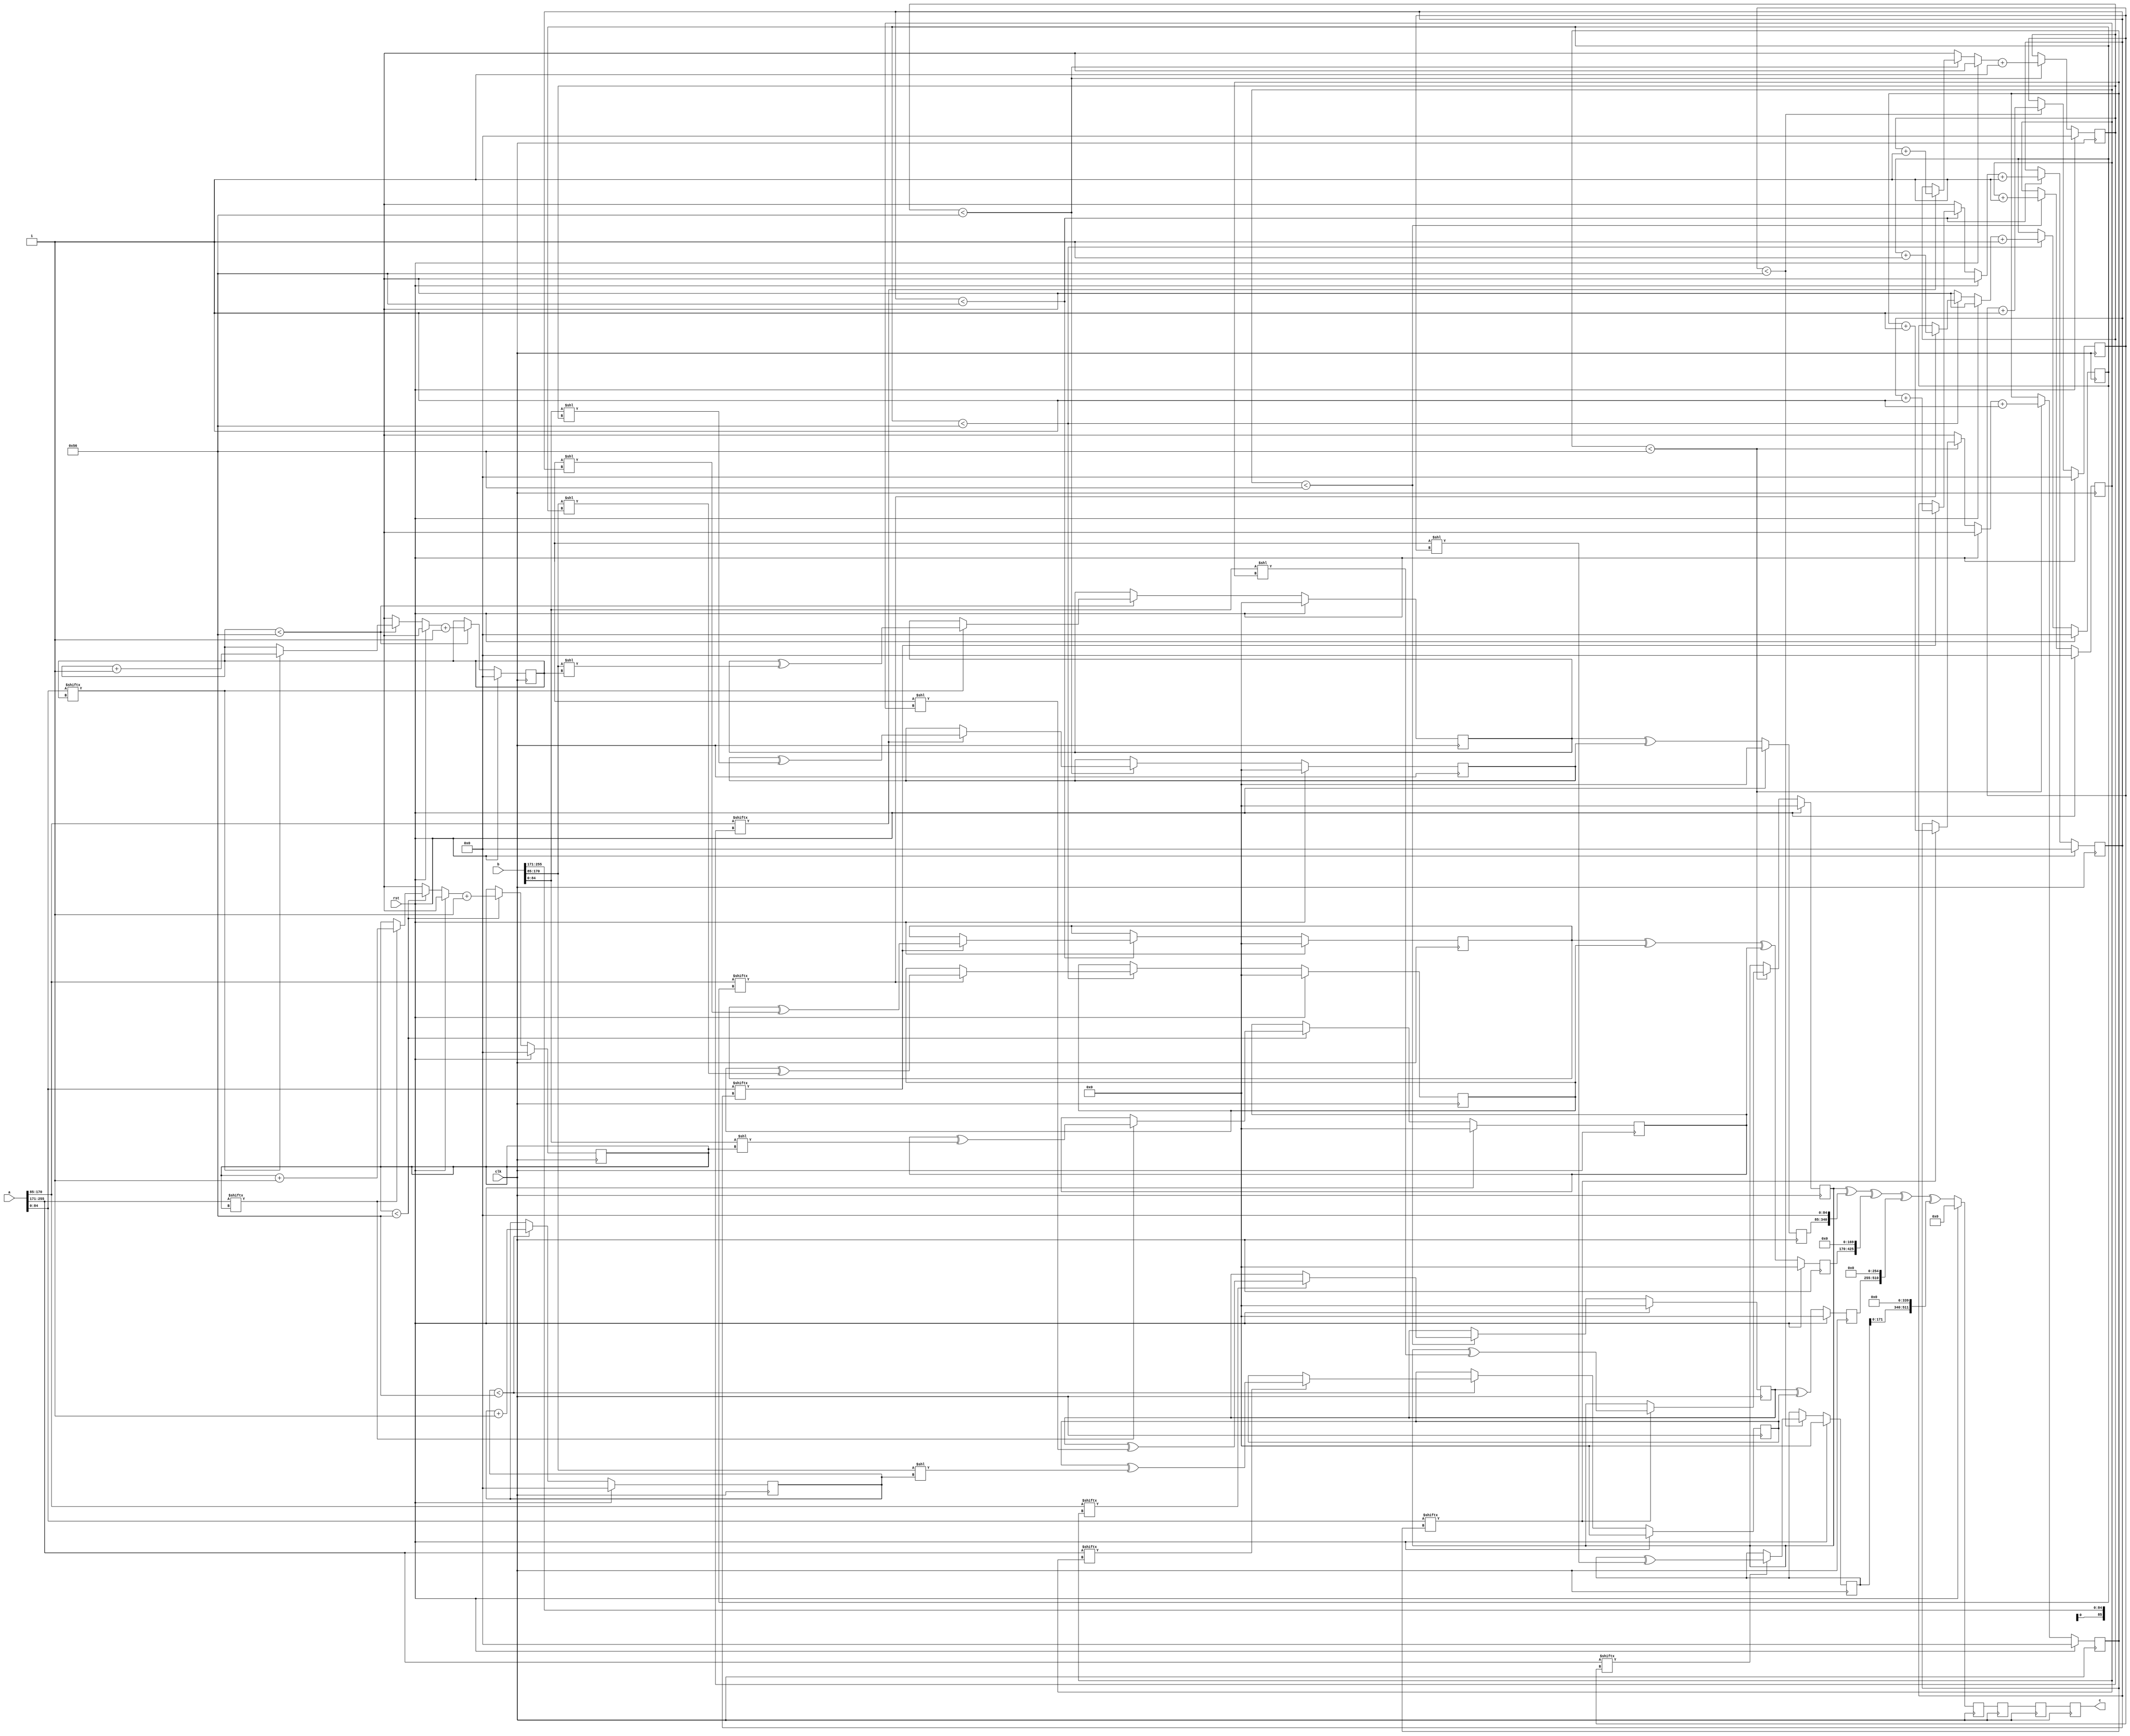
// TalTech large integer multiplier library
// Multiplier type: three_way_toom_cook
// Parameters: 256 256 4
// Target tool: genus
module three_way_toom_cook(clk, rst, a, b, c);
input clk;
input rst;
input [255:0] a;
input [255:0] b;
output reg [511:0] c;

// Pipeline register declaration 
reg [511:0] c_temp_3;
reg [511:0] c_temp_2;
reg [511:0] c_temp_1;

// Wires declaration 
wire  [84:0] a0;
wire  [85:0] a1;
wire  [85:0] a2;
wire  [84:0] b0;
wire  [85:0] b1;
wire  [85:0] b2;

// Registers declaration 
reg  [84:0] counter_d;
reg  [84:0] counter_e1;
reg  [84:0] counter_e2;
reg  [84:0] counter_f1;
reg  [84:0] counter_f2;
reg  [84:0] counter_f3;
reg  [84:0] counter_g1;
reg  [84:0] counter_g2;
reg  [84:0] counter_h;
reg  [255:0] d;
reg  [255:0] e1_mul;
reg  [255:0] e2_mul;
reg  [255:0] e;
reg  [255:0] f1_mul;
reg  [255:0] f2_mul;
reg  [255:0] f3_mul;
reg  [255:0] f;
reg  [255:0] g1_mul;
reg  [255:0] g2_mul;
reg  [255:0] g;
reg  [255:0] h;
reg  [511:0] temp;

// Initial assignments to wires
assign a0 = a[84:0];
assign a1 = a[170:85];
assign a2 = a[256:171];
assign b0 = b[84:0];
assign b1 = b[170:85];
assign b2 = b[256:171];

// Step-1 of 3-Way TCM Multiplier
always @(posedge clk) begin
	if (rst) begin
		d <= 256'd0;
		counter_d <= 85'd0;
	end
	else if (counter_d < 86) begin
		if (a2[counter_d] == 1'b1) begin
			d <= d ^ (b2 << counter_d);
			counter_d <= counter_d + 1;
		end
		counter_d <= counter_d + 1;
	end
end

// Step-2 (Part-1) of 3-Way TCM Multiplier
always @(posedge clk) begin
	if (rst) begin
		e1_mul <= 256'd0;
		counter_e1 <= 85'd0;
	end
	else if (counter_e1 < 86) begin
		if (a1[counter_e1] == 1'b1) begin
			e1_mul <= e1_mul ^ (b2 << counter_e1);
			counter_e1 <= counter_e1 + 1;
		end
		counter_e1 <= counter_e1 + 1;
	end
end

// Step-2 (Part-2) of 3-Way TCM Multiplier
always @(posedge clk) begin
	if (rst) begin
		e2_mul <= 256'd0;
		counter_e2 <= 85'd0;
	end
	else if (counter_e2 < 86) begin
		if (a2[counter_e1] == 1'b1) begin
			e2_mul <= e2_mul ^ (b1 << counter_e2);
			counter_e2 <= counter_e2 + 1;
		end
		counter_e2 <= counter_e2 + 1;
	end
end

// Step-2 (Part-3) of 3-Way TCM Multiplier
always @(posedge clk) begin
	if (rst) begin
		e = 256'd0;
	end
	else begin
		e = e1_mul ^ e2_mul; 
	end
end

// Step-3 (Part-1) of 3-Way TCM Multiplier
always @(posedge clk) begin
	if (rst) begin
		f1_mul = 256'd0;
		counter_f1 = 85'd0;
	end
	else if (counter_f1 < 86) begin
		if (a0[counter_f1] == 1'b1) begin
			f1_mul = f1_mul ^ (b2 << counter_f1);
			counter_f1 = counter_f1 + 1;
		end
		counter_f1 = counter_f1 + 1;
	end
end

// Step-3 (Part-2) of 3-Way TCM Multiplier
always @(posedge clk) begin
	if (rst) begin
		f2_mul = 256'd0;
		counter_f2 = 85'd0;
	end
	else if (counter_f2 < 86) begin
		if (a1[counter_f2] == 1'b1) begin
			f2_mul = f2_mul ^ (b1 << counter_f2);
			counter_f2 = counter_f2 + 1;
		end
		counter_f2 = counter_f2 + 1;
	end
end

// Step-3 (Part-3) of 3-Way TCM Multiplier
always @(posedge clk) begin
	if (rst) begin
		f3_mul = 256'd0;
		counter_f3 = 85'd0;
	end
	else if (counter_f3 < 86) begin
		if (a2[counter_f3] == 1'b1) begin
			f3_mul = f3_mul ^ (b0 << counter_f3);
			counter_f3 = counter_f3 + 1;
		end
		counter_f3 = counter_f3 + 1;
	end
end

// Step-3 (Part-4) of 3-Way TCM Multiplier
always @(posedge clk) begin
	if (rst) begin
		f = 256'd0;
	end
	else begin
		f = f1_mul ^ f2_mul ^ f3_mul; 
	end
end

// Step-4 (Part-1) of 3-Way TCM Multiplier
always @(posedge clk) begin
	if (rst) begin
		g1_mul = 256'd0;
		counter_g1 = 85'd0;
	end
	else if (counter_g1 < 86) begin
		if (a0[counter_g1] == 1'b1) begin
			g1_mul = g1_mul ^ (b1 << counter_g1);
			counter_g1 = counter_g1 + 1;
		end
		counter_g1 = counter_g1 + 1;
	end
end

// Step-4 (Part-2) of 3-Way TCM Multiplier
always @(posedge clk) begin
	if (rst) begin
		g2_mul = 256'd0;
		counter_g2 = 85'd0;
	end
	else if (counter_g2 < 86) begin
		if (a1[counter_g2] == 1'b1) begin
			g2_mul = g2_mul ^ (b0 << counter_g2);
			counter_g2 = counter_g2 + 1;
		end
		counter_g2 = counter_g2 + 1;
	end
end

// Step-4 (Part-3) of 3-Way TCM Multiplier
always @(posedge clk) begin
	if (rst) begin
		g = 256'd0;
	end
	else begin
		g = g1_mul ^ g2_mul; 
	end
end

// Step-5 of 3-Way TCM Multiplier
always @(posedge clk) begin
	if (rst) begin
		h = 256'd0;
		counter_h = 85'd0;
	end
	else if (counter_h < 86) begin
		if (a0[counter_h] == 1'b1) begin
			h = h ^ (b0 << counter_h);
			counter_h = counter_h + 1;
		end
	counter_h = counter_h + 1;
	end
end

// Step-6 of 3-Way TCM Multiplier
always @(posedge clk) begin
	if (rst) begin
		temp = 512'd0;
		c_temp_3 = 512'd0;
	end
	else begin
		temp = h;
		temp = temp ^ (g << 85);
		temp = temp ^ (f << 170);
		temp = temp ^ (e << 255);
		temp = temp ^ (d << 340);
		c_temp_3 = temp;
	end
end

// pipeline stages
always @(posedge clk) begin
	c <= c_temp_1;
	c_temp_2 <= c_temp_3;
	c_temp_1 <= c_temp_2;
end
endmodule